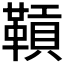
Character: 𩌌